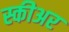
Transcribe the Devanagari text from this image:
स्कीअर